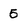
Character: 5